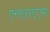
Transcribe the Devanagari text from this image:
एनएसएएम